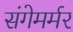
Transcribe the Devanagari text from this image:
संगेमर्मर